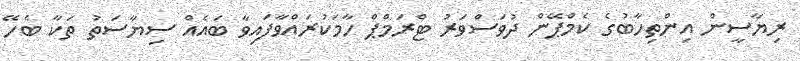
ރިޔާސީން އިންތިހާބުގެ ކެމްޕޭން ދުވަސްވަރު ޓްރަމްޕް ހާމަކުރައްވާފައިވާ ބައެއް ސިޔާސަތު ތަކާ ބެހޭ